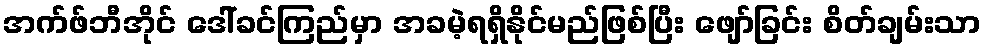
အက်ဖ်ဘီအိုင် ဒေါ်ခင်ကြည်မှာ အခမဲ့ရရှိနိုင်မည်ဖြစ်ပြီး ဖျော်ခြင်း စိတ်ချမ်းသာ